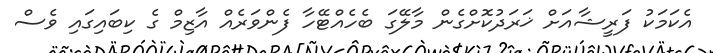
އެކަމަކު ފަރީޝާއަށް ޚަރަދުކޮށްގެން މާލޭގަ ބެހެއްޓޭހާ ފެންވަރެއް އާޒިމް ގެ ކިބައިގައި ވެސް